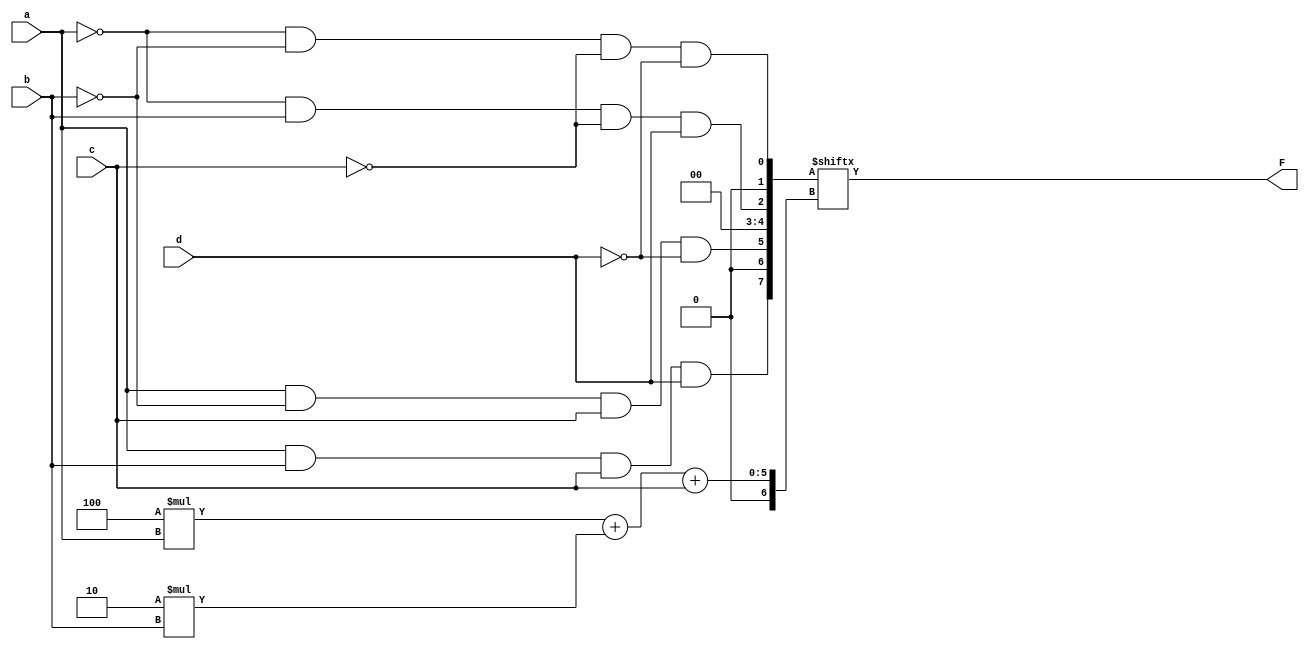
module bonus(
    input a,
    input b,
    input c,
    input d,
    output F
);
    
  
    //to implement given function I will create 8 input
    //a is selector2 
    //b is selector1
    //c is selector0
    //d will be boolean equation for input cases
    wire [7:0]i; //declare i for input cases
   
    //obtained equation from truth table
    //these inputs are always zero 
    assign i[1]=0;     assign i[3]=0;
    assign i[4]=0;     assign i[6]=0;
    
    //if a,b,c are 0 output will be ~d 
    assign i[0]=~a&~b&~c&~d;
    
    //if a,c are 0 and b is 1 output will be d
    assign i[2]=~a & b & ~c & d;
    //if a,c are 1 b is 0 output will be ~d
    assign i[5]= a & ~b & c & ~d;
    //if a,b,c are 1 output will be d
    assign i[7]= a & b & c & d;

    //the following calculation can be used to find the correct input 
    assign F =i[4*a + 2*b +c];

endmodule